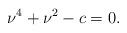
LaTeX: \begin{align*}\nu^4+\nu^2-c=0.\end{align*}